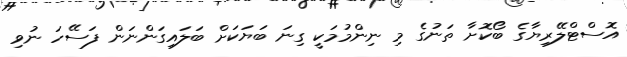
އޮސްޓްލޭރިޔާގެ ބޯކޮށާ ތަނުގެ މި ނިންމުމަކީ ގިނަ ބަޔަކަށް ބަލައިގަންނަން ފަސޭހަ ނުވި